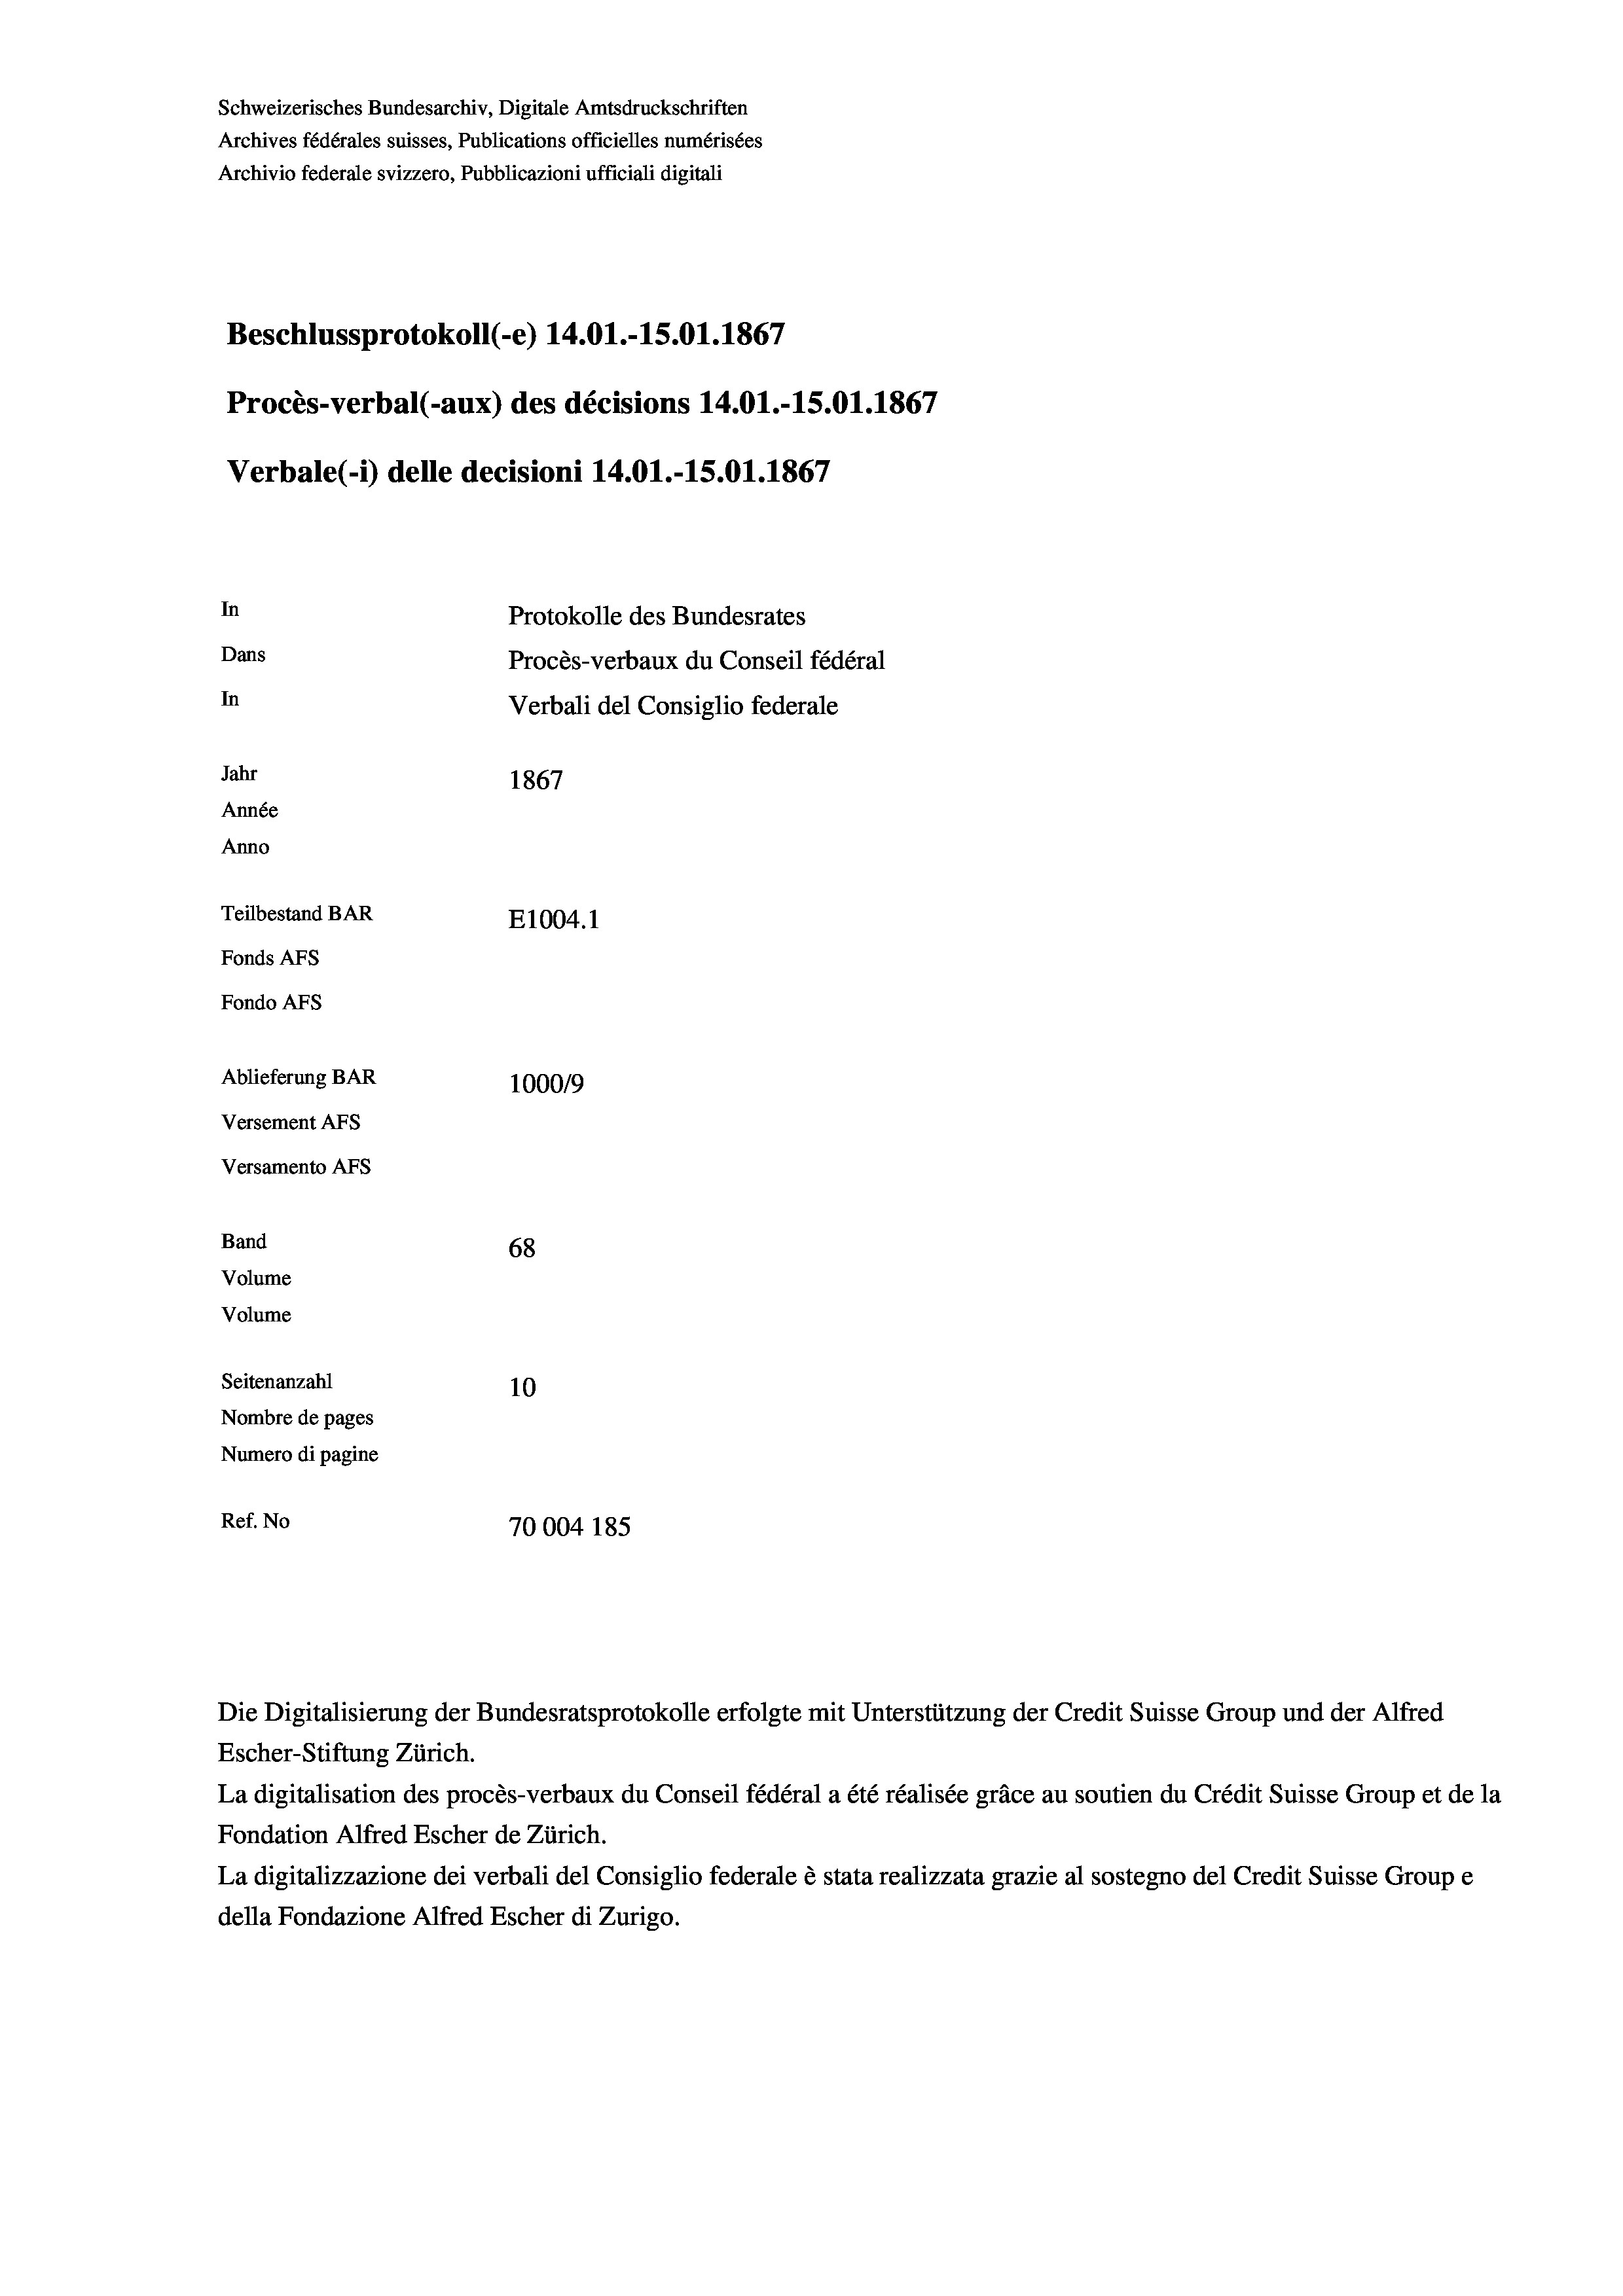
Schweizerisches Bundesarchiv, Digitale Amtsdruckschriften
Archives fédérales suisses, Publications officielles numérisées
Archivio federale svizzero, Pubblicazioni ufficiali digitali
Beschlussprotokoll (-e) 14.01.-15.01. 1867
Procès-verbal (-aux) des décisions 14.01.-15.01. 1867
Verbale(-*) delle decisioni 14.01.-15.01. 1867
In
Protokolle des Bundesrates
Dans
Procès-verbaux du Conseil fédéral
In
Verbali del Consiglio federale
Jahr
1867
Année
Anno
Teilbestand BAR
E1004.1
Fonds AFs
Fondo AFS
Ablieferung BAR
100019
Versement AFs
Versamento AFs
Band
68
Volume
Volume

Seitenanzahl
10
Nombre de pages
Numero di pagine
Ref. No
70004 185

Escher-Stiftung Zürich.
La digitalisation des procès-verbaux du Conseil fédéral a été réalisée gräce au soutien du Crédit Suisse Group et de la
Fondation Alfred Escher de Zürich.
La digitalizzazione dei verbali del Consiglio federale è stata realizzata grazie al sostegno del Credit Suisse Groupe
della Fondazione Alfred Escher di Zurigo.

Die Digitalisierung der Bundesratsprotokolle erfolgte mit Unterstützung der Credit Suisse Group und der Alfred